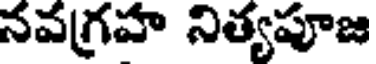
నవగ్రహ నిత్యపూజ